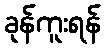
ခုန်ကူးရန်